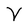
Character: V